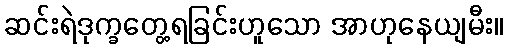
ဆင်းရဲဒုက္ခတွေ့ရခြင်းဟူသော အာဟုနေယျမီး။